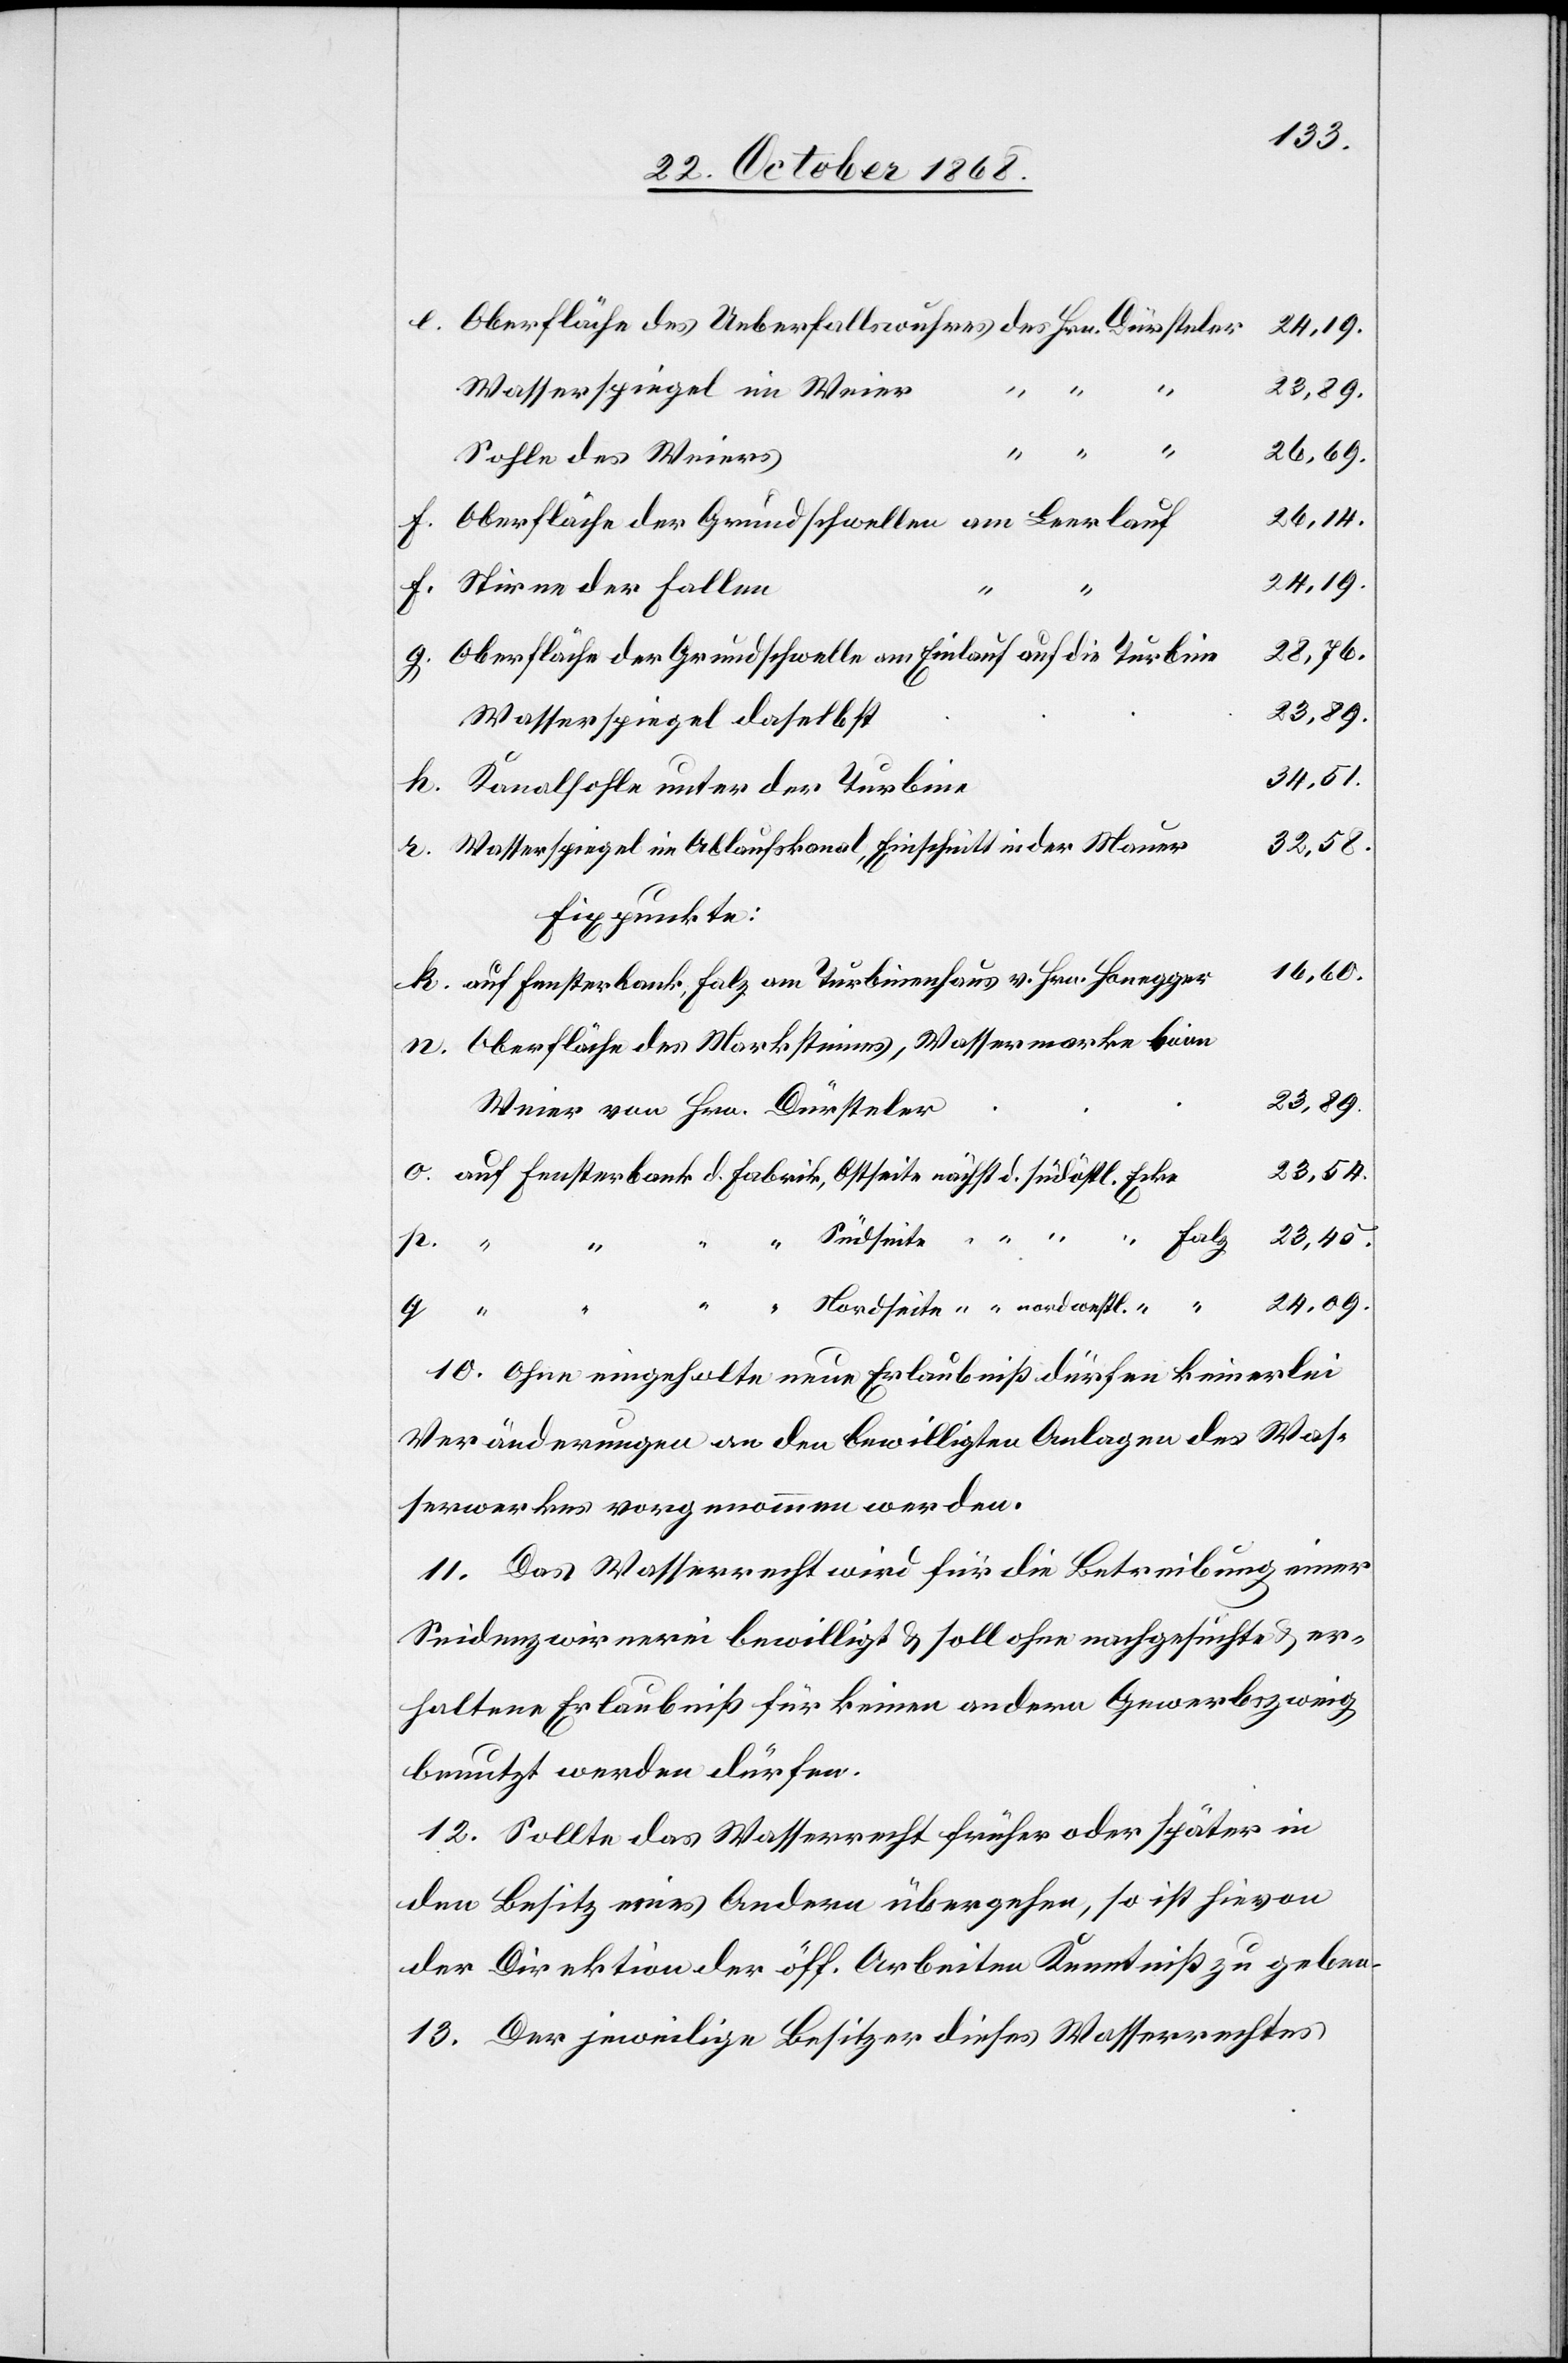
Oberfläche des Ueberfallswuhres des Hrn. Dürsteler
o.
Wasserspiegel im Weier
23,89.
k.
q.
26,69.
Sohle des Weiers
26,14.
Oberfläche der Grundschwellen am Leerlauf
24,09.
Stirne der Fallen
23,45.
Oberfläche der Grundschwelle am Einlauf auf die Turbine
23,89.
Wasserspiegel daselbst
34,51.
Kanalsohle unter der Turbine
Wasserspiegel im Ablaufskanal, Einschnitt in der Mauer
32,58.
Fixpunkte:
16,60.
auf Fensterbank, Falz am Turbinenhaus v. Hrn. Honegger
Oberfläche des Marksteines, Wassermarke beim
Weier von Hrn. Dürsteler
23,54.
[auf Fensterbank d. Fabrik,] Nordseite [nächst d.] nordwestl. [Ecke
“ Südseite “ “ “ “ Falz
p.
10. Ohne eingeholte neue Erlaubniß dürfen keinerlei
Veränderungen an den bewilligten Anlagen des Was¬
serwerkes vorgenommen werden.
11. Das Wasserrecht wird für die Betreibung einer
Seidenzwirnerei bewilligt & soll ohne nachgesuchte & er¬
haltene Erlaubniß für keinen andern Gewerbszweig
benutzt werden dürfen.
12. Sollte das Wasserrecht früher oder später in
den Besitz eines Andern übergehen, so ist hievon
der Direktion der öff. Arbeiten Kenntniß zu geben.
13. Der jeweilige Besitzer dieses Wasserrechtes